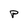
Character: P